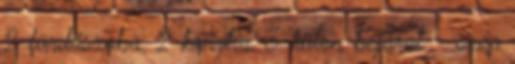
2 fürdőszoba, 2 konyha, 3 külön bejárat - szép